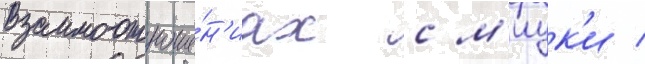
взаимоотноше́н'иах с м'иук'и /